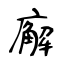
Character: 廨